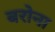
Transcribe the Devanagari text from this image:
बरोना